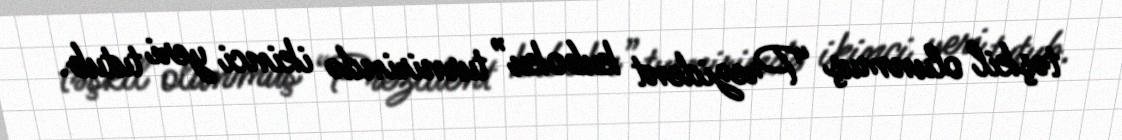
təşkil olunmuş “Prezident kuboku” turnirində ikinci yeri tutub.